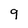
Character: 9